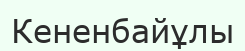
Кененбайұлы